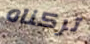
تركناه